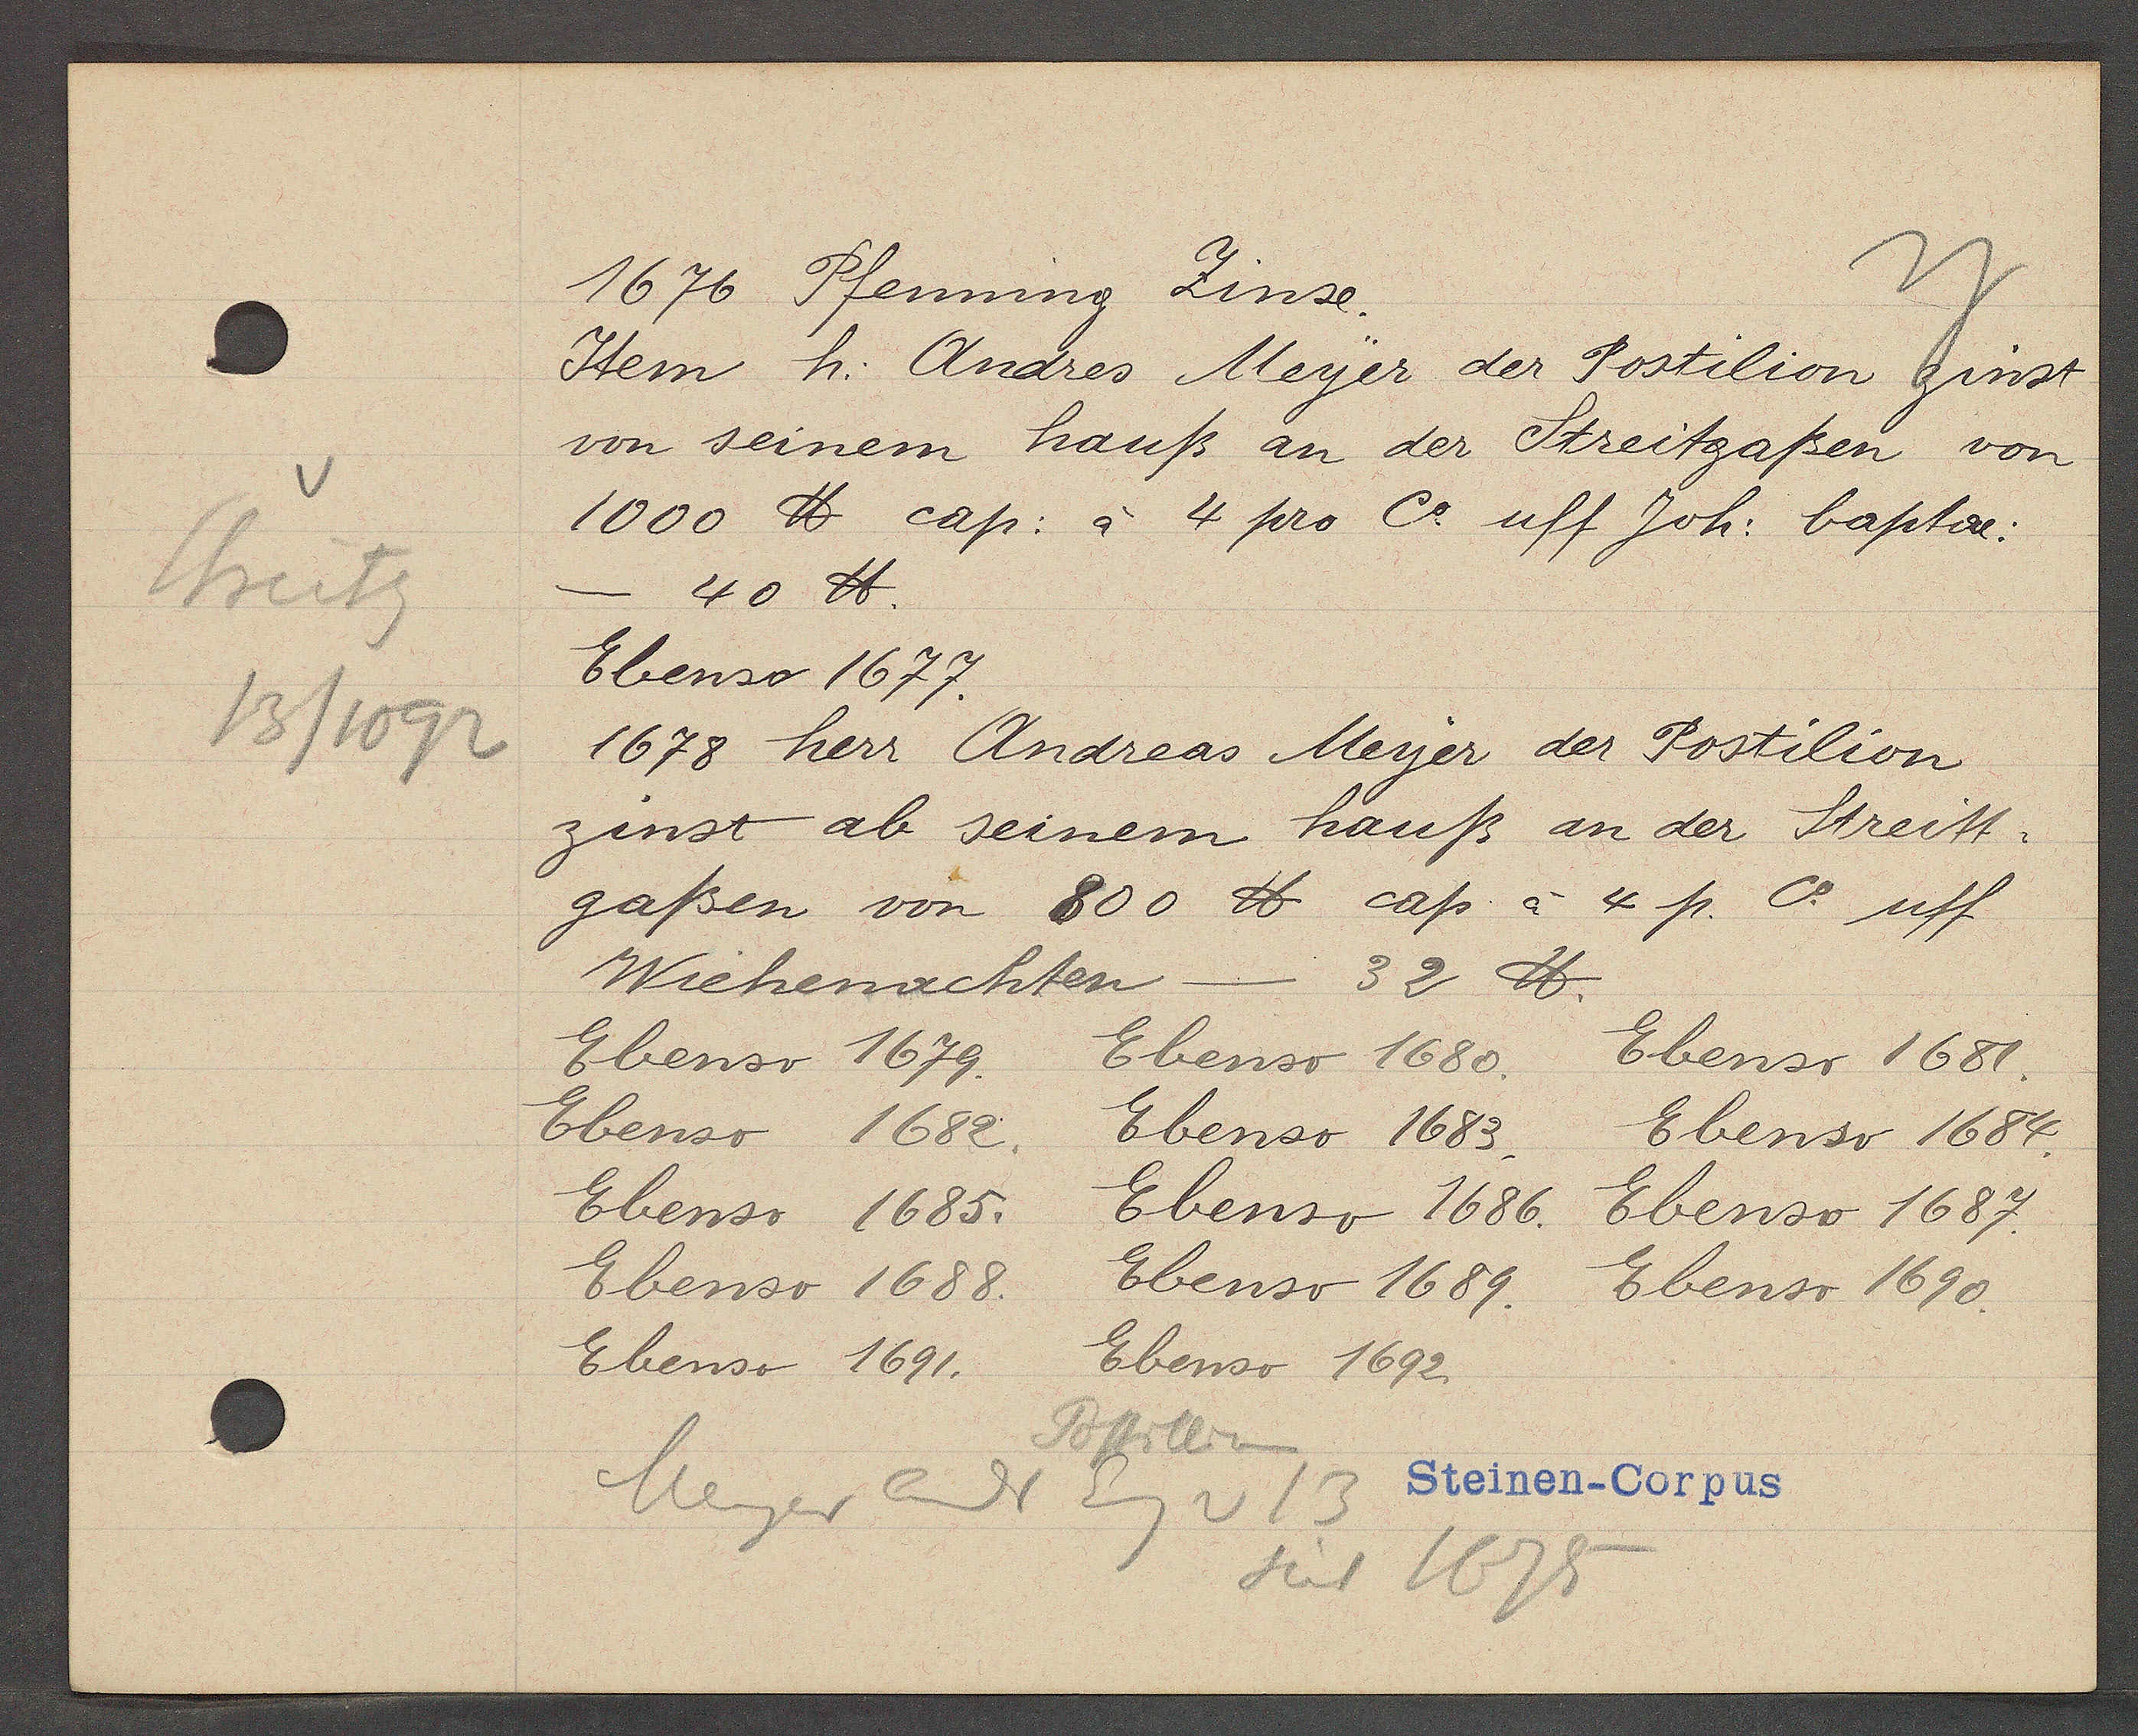
Transcript:
Streitg
13/1092

1676 Pfenning Zinse.

Item h. Andres Meyer der Postilion zinst
von seinem hauß an der Streitgaßen von
1000 ℔ cap: à 4 pro Co uff Joh: baptae:
40 ℔.
Ebenso 1677.
1678 herr Andreas Meyer der Postilion
zinst ab seinem hauß an der Streitt¬
gaßen von 800 ℔ cap à 4 p. Co uff
Wiehenachten
32 ℔.
Ebenso 1679.
Ebenso 1680.
Ebenso 1681.
Ebenso 1682.
Ebenso 1683.
Ebenso 1684.
Ebenso 1685.
Ebenso 1686.
Ebenso 1687.
Ebenso 1688.
Ebenso 1689.
Ebenso 1690.
Ebenso 1691.
Ebenso 1692.

Postilion
Meiger Andr Eg v 13
seit 1675

Steinen-Corpus